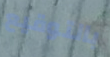
بالتوقيع